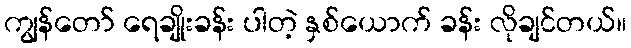
ကျွန်တော် ရေချိုးခန်း ပါတဲ့ နှစ်ယောက် ခန်း လိုချင်တယ်။